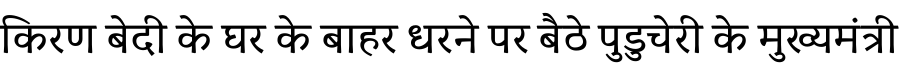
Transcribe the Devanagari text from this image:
किरण बेदी के घर के बाहर धरने पर बैठे पुडुचेरी के मुख्यमंत्री